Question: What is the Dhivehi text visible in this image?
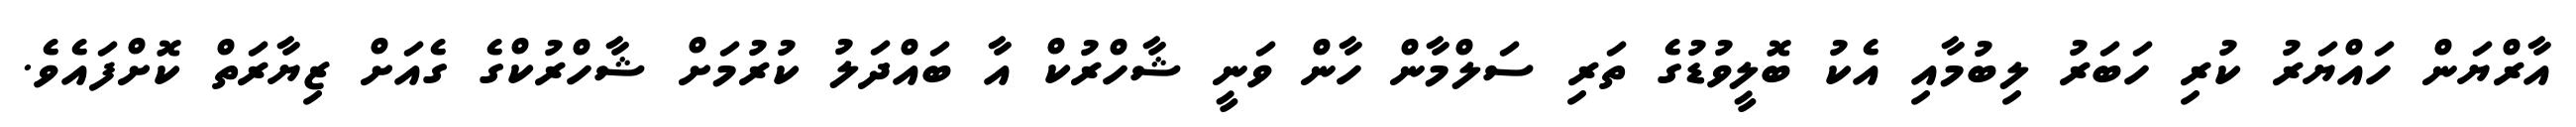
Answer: އާރްޔަން ހައްޔަރު ކުރި ހަބަރު ލިބުމާއި އެކު ބޮލީވުޑުގެ ތަރި ސަލްމާން ހާން ވަނީ ޝާހްރުކް އާ ބައްދަލު ކުރުމަށް ޝާހްރުކްގެ ގެއަށް ޒިޔާރަތް ކޮށްފައެވެ.